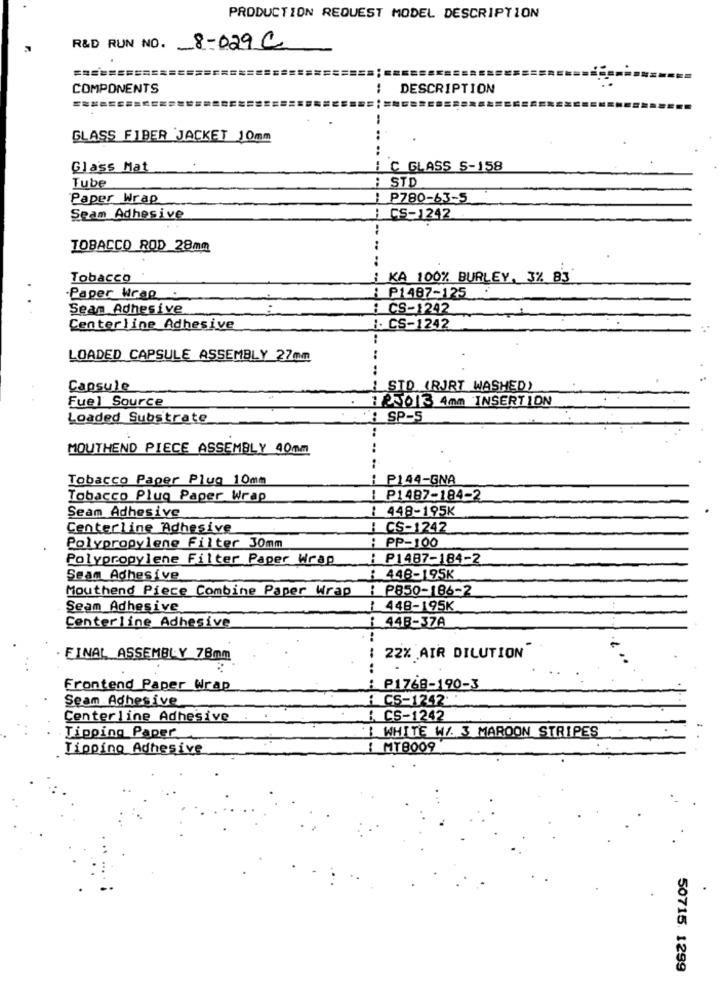
PRODUCTION REQUEST MODEL DESCRIPTION
R&D RUN NO. 8-029 C
===========
COMPONENTS
: DESCRIPTION
GLASS FIBER JACKET 10mm
Glass Mat
C GLASS S-158
Tube
: STD
Paper Wrap
: P780-63-5
Seam Adhesive
CS-1242
TOBACCO ROD 28mm
Tobacco
: KA 100% BURLEY, 3% 83
:P1487-125
-Paper Wrap .
Seam Adhesive
: CS-1242
Centerline Adhesive
i. CS-1242
LOADED CAPSULE ASSEMBLY 27mm
Capsule
1 STD (RJRT WASHED)
Fuel Source
125013 4mm INSERTION
Loaded Substrate
: SP-S
MOUTHEND PIECE ASSEMBLY 40mm
..
Tobacco Paper Plug 10mm
P144-GNA
Tobacco Plug Paper Wrap
: P1487-184-2
Seam Adhesive
448-195K
Centerline Adhesive
CS-1242
Polypropylene Filter 30mm
:PP-100
Polypropylene Filter Paper Wrap
: P1487-184-2
Seam Adhesive
: 448-195K
Mouthend Piece Combine Paper Wrap
: P850-186-2
Seam Adhesive
1 448-195K
Centerline Adhesive
: 44B-37A
FINAL ASSEMBLY 78mm
: 22% AIR DILUTION
Frontend Paper Wrap
: P1768-190-3
Seam Adhesive
i CS-1242.
Centerline Adhesive
: CS-1242
Tipping Paper
B WHITE W/ 3 MAROON STRIPES
Tipping Adhesive
IMT8009
50715. 1299